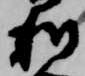
利